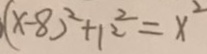
( x - 8 ) ^ { 2 } + 1 2 ^ { 2 } = x ^ { 2 }